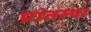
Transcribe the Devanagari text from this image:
प्रांतस्या